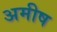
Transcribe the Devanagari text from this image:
अमीष